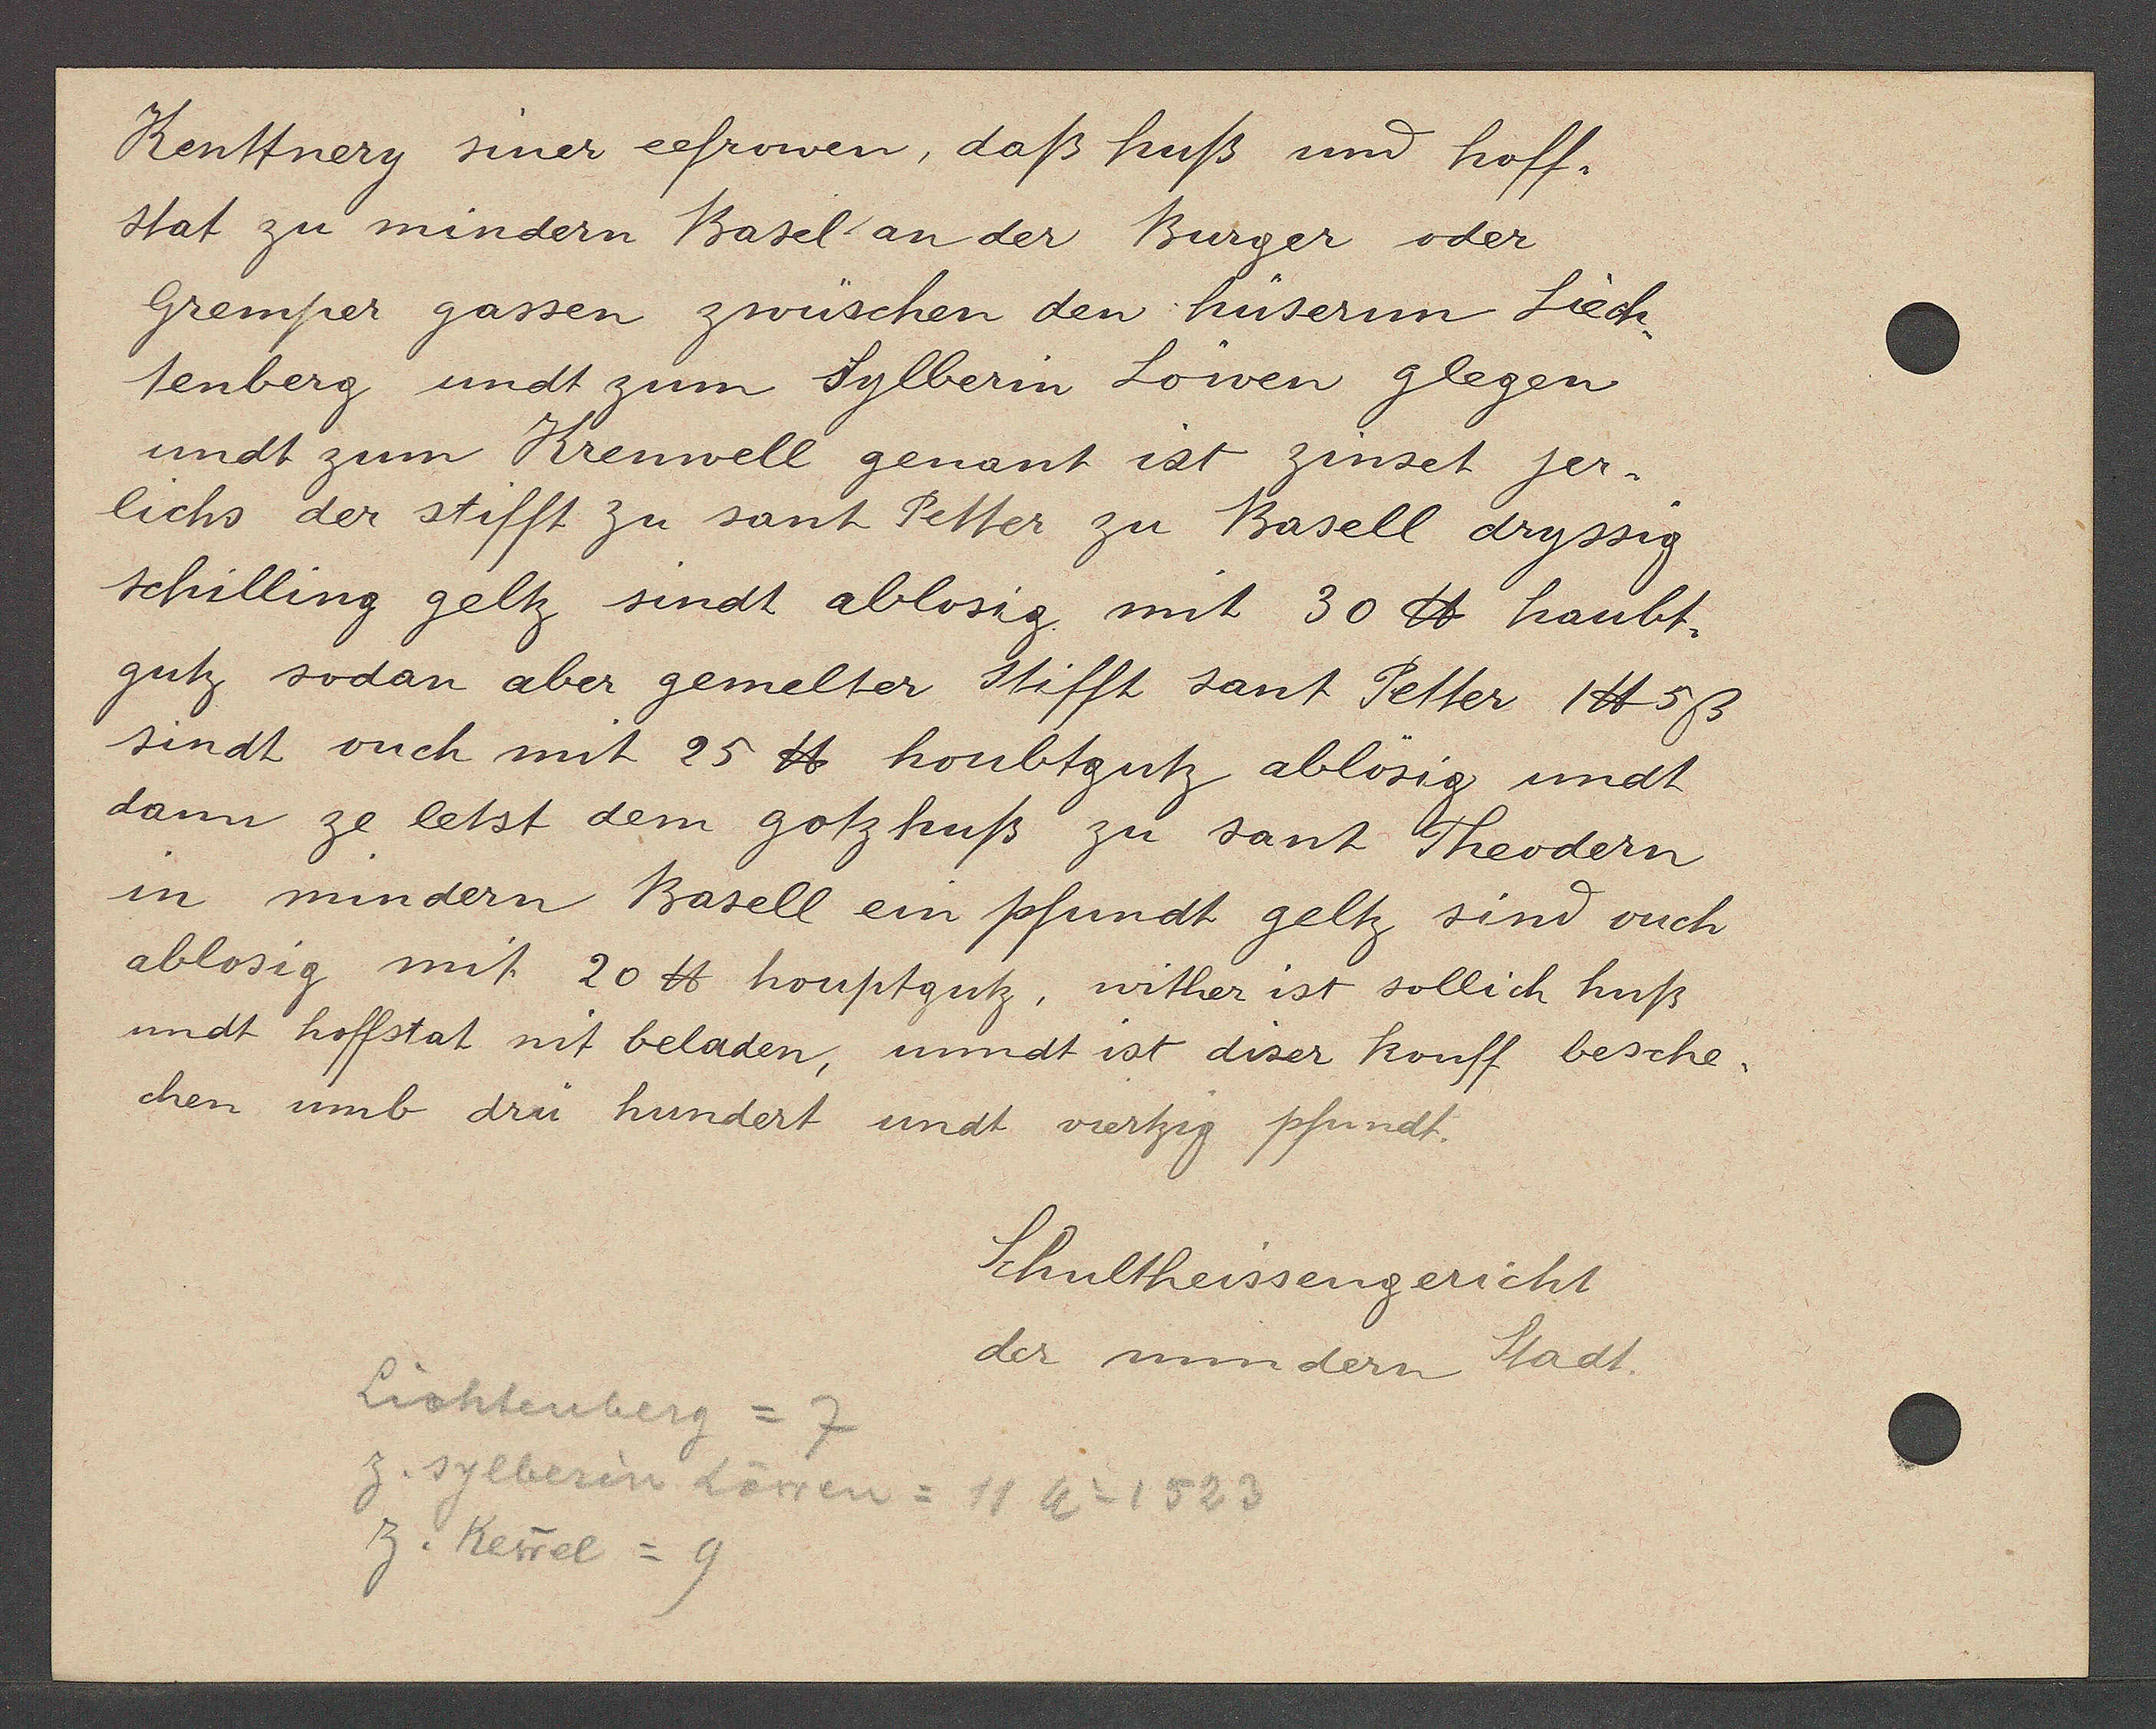
Transcript:
Kenttnery siner eefrowen, daß huß und hoff¬
stat zu mindern Basel an der Burger oder
Gremper gassen zwüschen den hüsernn Liech¬
tenberg undt zum Sylberin Löwen glegen
undt zum Krenwell genant ist zinset jer¬
lichs der stifft zu sant Petter zu Basell dryssig
schilling geltz sindt ablosig mit 30 ℔ haubt.

gutz sodan aber gemelter stifft sant Petter 1 ℔ 5ß
sindt ouch mit 25 ℔ houbtgutz ablösig undt
dann ze letst dem gotz huß zu sant Theodern
in mindern Basell ein pfundt geltz sind ouch
ablosig mit 20 ℔ houptgutz, wither ist sollich huß
undt hoffstat nit beladen, unndt ist diser kouff besche¬
chen umb drü hundert undt viertzig pfundt.

Lichtenberg = 7
z. sylberin Löwen = 11 Ao 1523
z. Kewel = 9

Schultheissengericht
der mindern Stadt.